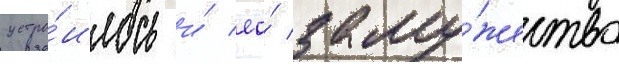
устро́илось и́ ео́ заму́жество